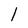
Character: l